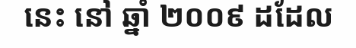
នេះ នៅ ឆ្នាំ ២០០៩ ដដែល